65_HS1-834228961_62-HQ-83894_Section_10
Agency: FBI
Page 99
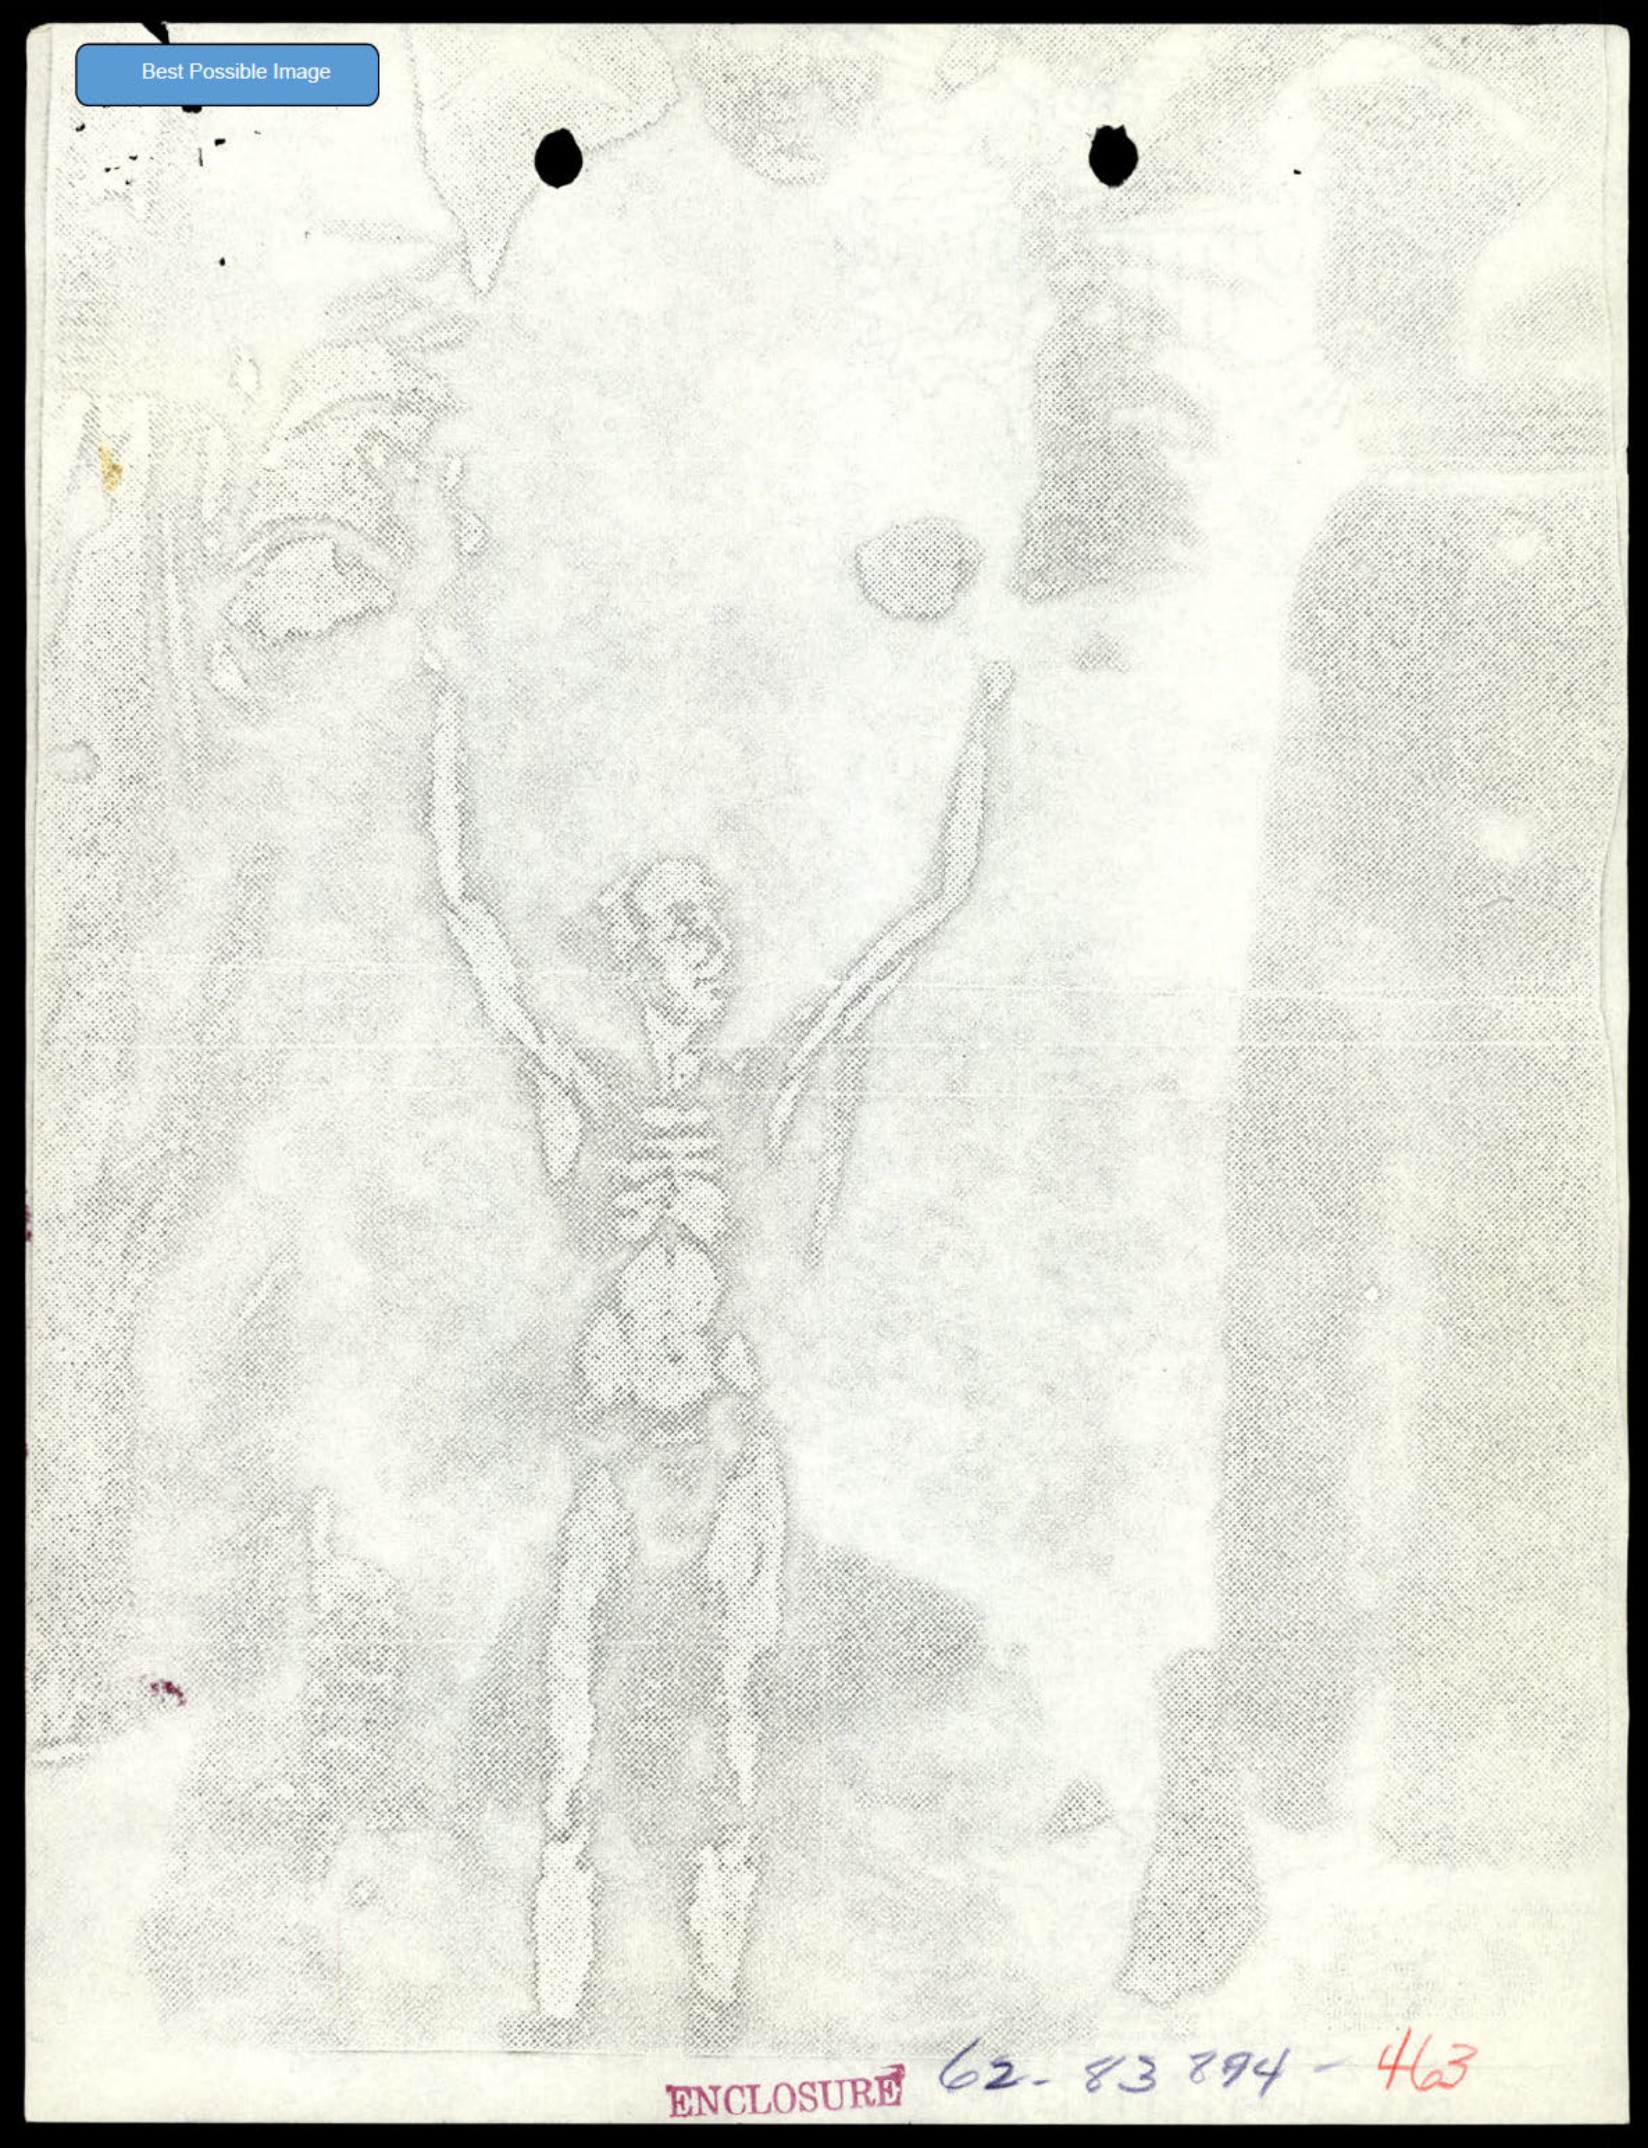